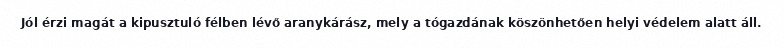
Jól érzi magát a kipusztuló félben lévő aranykárász, mely a tógazdának köszönhetően helyi védelem alatt áll.